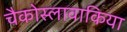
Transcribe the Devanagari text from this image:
चैकोस्लावाकिया